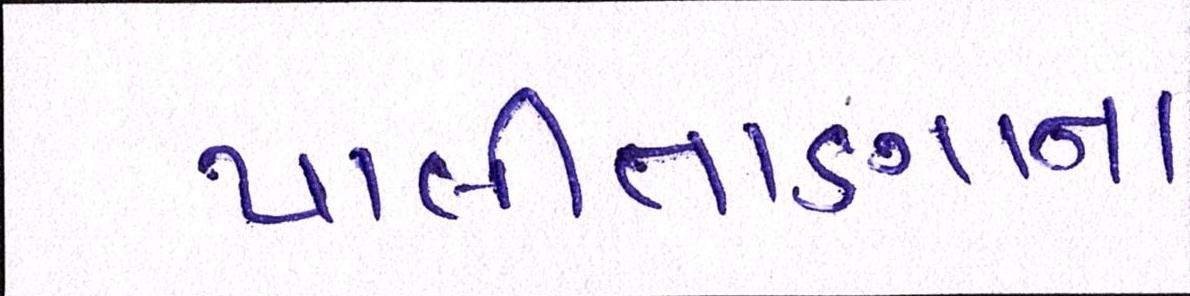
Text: પાલીતાણાના